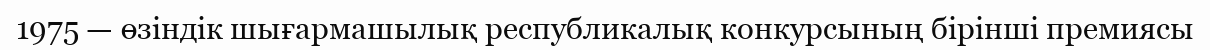
1975 — өзіндік шығармашылық республикалық конкурсының бірінші премиясы